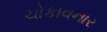
ચોકાવનાર